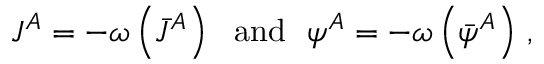
J ^ { A } = - \omega \left( \bar { J } ^ { A } \right) \ \ \mathrm { a n d } \ \ \psi ^ { A } = - \omega \left( \bar { \psi } ^ { A } \right) \, ,